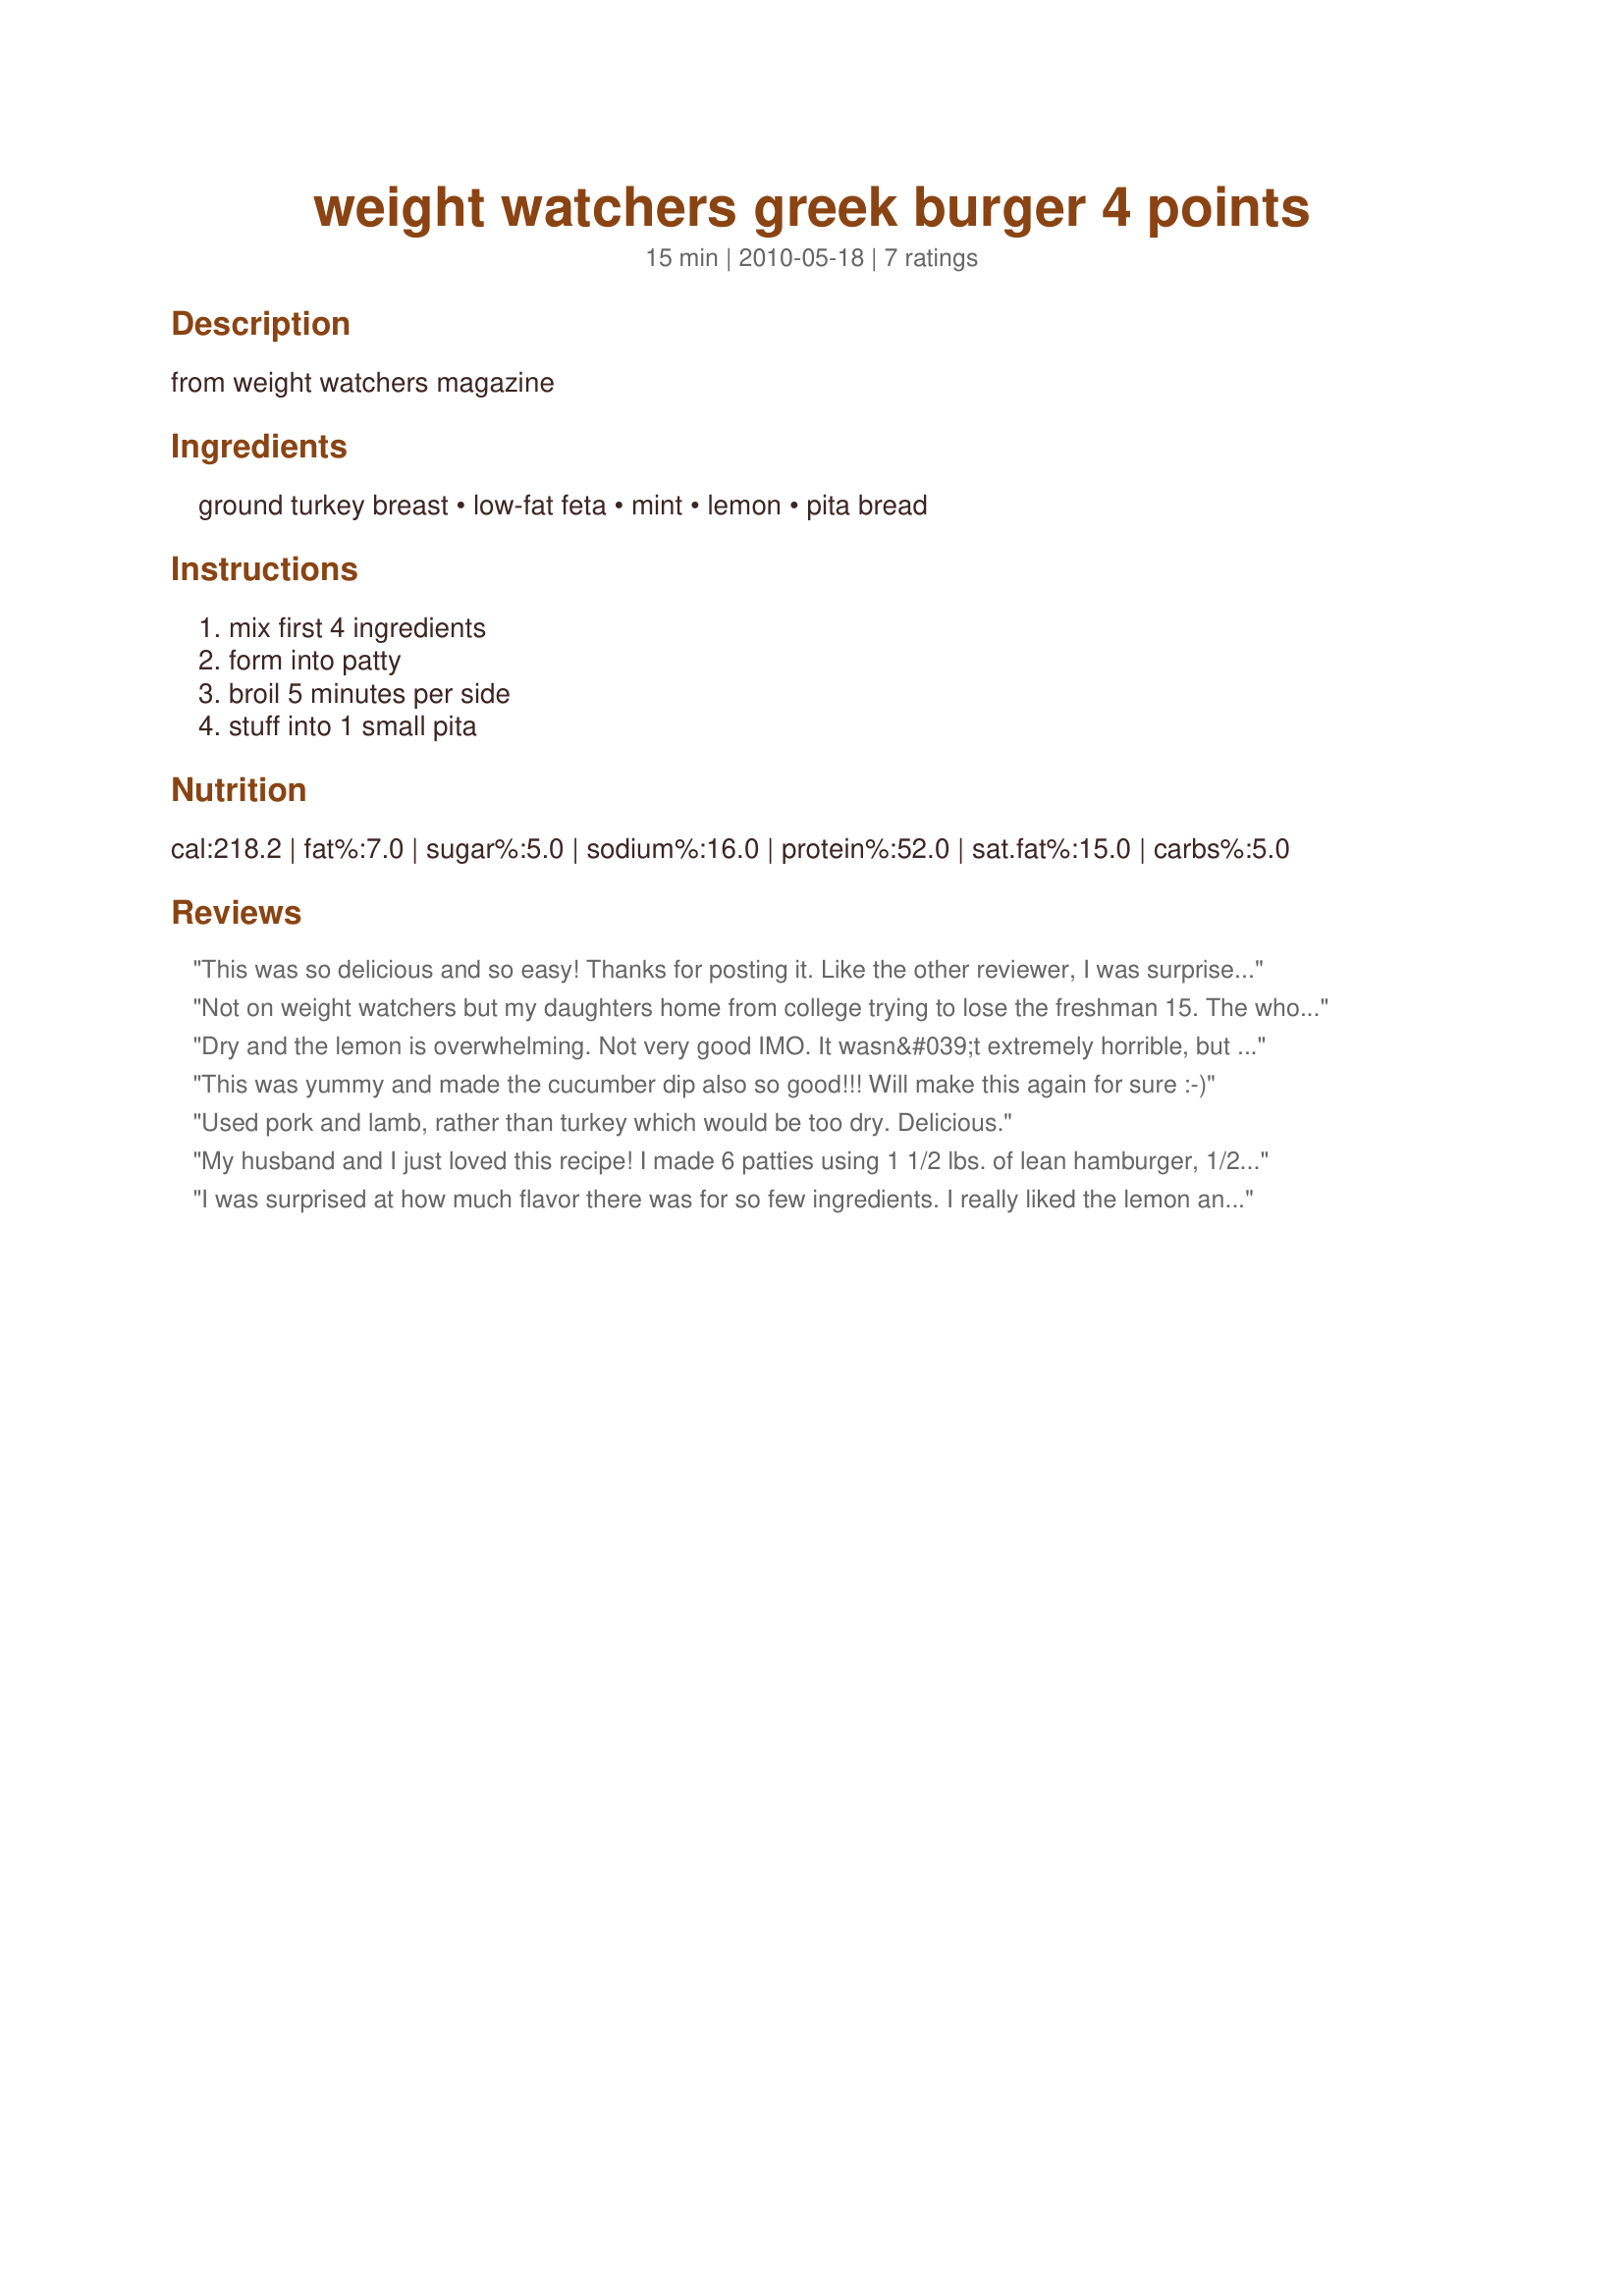
weight watchers greek burger 4 points
Preparation time: 15 minutes

from weight watchers magazine

Ingredients:
ground turkey breast, low-fat feta, mint, lemon, pita bread

Steps:
mix first 4 ingredients, form into patty, broil 5 minutes per side, stuff into 1 small pita

Reviews:
This was so delicious and so easy! Thanks for posting it. Like the other reviewer, I was surprised at how much flavor these burgers have. According to my calculations they were 5 points plus each. Not a big deal because they are so filling. And 2 of those points are from the pita bread. When first out of the oven they're juicy but I waited too long and they dried pretty quickly, so I added Tzatziki too.
Not on weight watchers but my daughters home from college trying to lose the freshman 15. The whole family thought these were delicious. Served them on gf buns because she has food allergies. I added oregano to the turkey, made a homemade tazikki w fat free Greek yogurt, diced cucumber and dill. So good I'll be adding in to normal routine around here.
Dry and the lemon is overwhelming. Not very good IMO. It wasn&#039;t extremely horrible, but it wasn&#039;t very good.
This was yummy and made the cucumber dip also so good!!! Will make this again for sure :-)
Used pork and lamb, rather than turkey which would be too dry. Delicious.
My husband and I just loved this recipe! I made 6 patties using 1 1/2 lbs. of lean hamburger, 1/2 c. feta, about 3/4 of the lemon rind. I didn&#039;t have any mint but added some chopped black olives and onion, then we grilled them. I served them with Tzatziki Cucumber Dipping Sauce #83189. This will be one of my summertime favorites! Thanks for posting!!
I was surprised at how much flavor there was for so few ingredients. I really liked the lemon and mint in these. They did get a tad dry, but I anticipated that and made a Tzatziki sauce to serve on them that went perfectly! Super simple burgers too.
